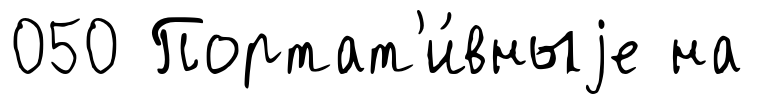
050 Портат'и́вныjе на